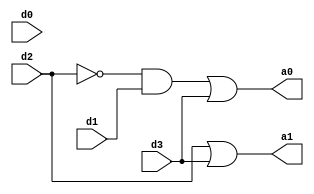
module encode_4_to_2(
    input d0,d1,d2,d3,
    output a0,a1
    );
wire x,y,z;
not g1(x,d2);
and g2(y,x,d1);
or g3(a0,y,d3);
or g4(a1,d2,d3);
endmodule